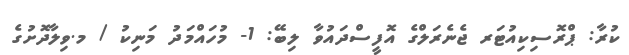
ކުރާ: ޕްރޮސިކިއުޓަރ ޖެނެރަލްގެ އޮފީސްދައުވާ ލިބޭ: 1- މުހައްމަދު މަނިކު / މ.ވިލާދޮށުގެ